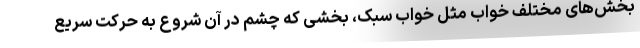
بخش‌های مختلف خواب مثل خواب سبک، بخشی که چشم در آن شروع به حرکت سریع